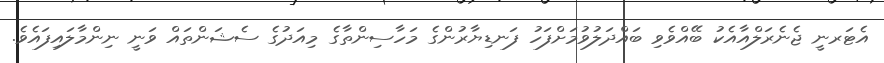
އެޓަރނީ ޖެނެރަލްއާއެކު ބޭއްވެވި ބައްދަލުވުމަށްފަހު ފަނޑިޔާރުންގެ މަހާސިންތާގެ މިއަދުގެ ސެޝަންތައް ވަނީ ނިންމާލައިފައެވެ.